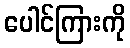
ပေါင်ကြားကို